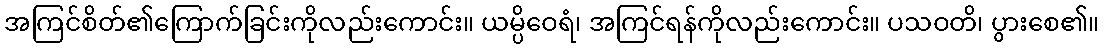
အကြင်စိတ်၏ကြောက်ခြင်းကိုလည်းကောင်း။ ယမ္ပိဝေရံ၊ အကြင်ရန်ကိုလည်းကောင်း။ ပသဝတိ၊ ပွားစေ၏။